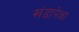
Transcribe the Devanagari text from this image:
खंडापेक्षा